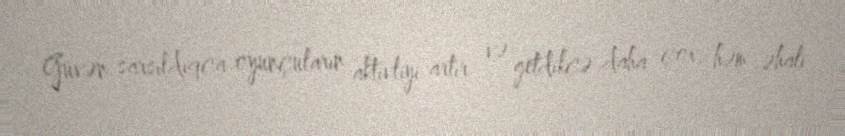
Güvən sarsıldıqca oyunçuların aktivliyi artır və getdikcə daha çox, həm əhali